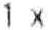
1 X